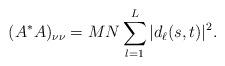
LaTeX: \begin{align*}(A^*A)_{\nu\nu} = MN\sum_{l=1}^L |d_\ell(s, t)|^2.\end{align*}